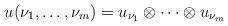
LaTeX: \begin{align*}u(\nu_{1}, \ldots , \nu_{m})=u_{\nu_{1}} \otimes \cdots \otimes u_{\nu_{m}} \end{align*}